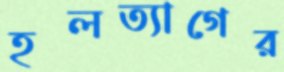
হলত্যাগের